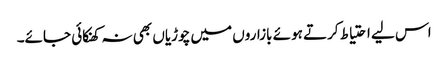
اس لیے احتیاط کرتے ہوئے بازاروں میں چوڑیاں بھی نہ کھنکائی جائے۔